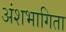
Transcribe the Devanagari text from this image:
अंशभागिता